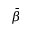
\bar { \beta }